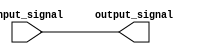
module IOBuffer (
    input wire input_signal,
    output reg output_signal
);

// CMOS buffer implementation with high impedance input, low output resistance, fast slew rate, and low input capacitance
always @* begin
    output_signal <= input_signal;
end

// Protection circuitry implementation to prevent damage from overvoltage or electrostatic discharge events
// Please add protection circuitry code here

// Support for operating at various voltage levels
`ifdef VOLTAGE_LEVEL_A
    // Implement buffer behavior for voltage level A
`elsif VOLTAGE_LEVEL_B
    // Implement buffer behavior for voltage level B
`else
    // Default behavior for voltage levels
`endif

// Support for bidirectional communication
// Please add bidirectional communication code here

endmodule